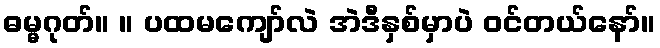
ဓမ္မဂုတ်။ ။ ပထမကျော်လဲ အဲဒီနှစ်မှာပဲ ဝင်တယ်နော်။